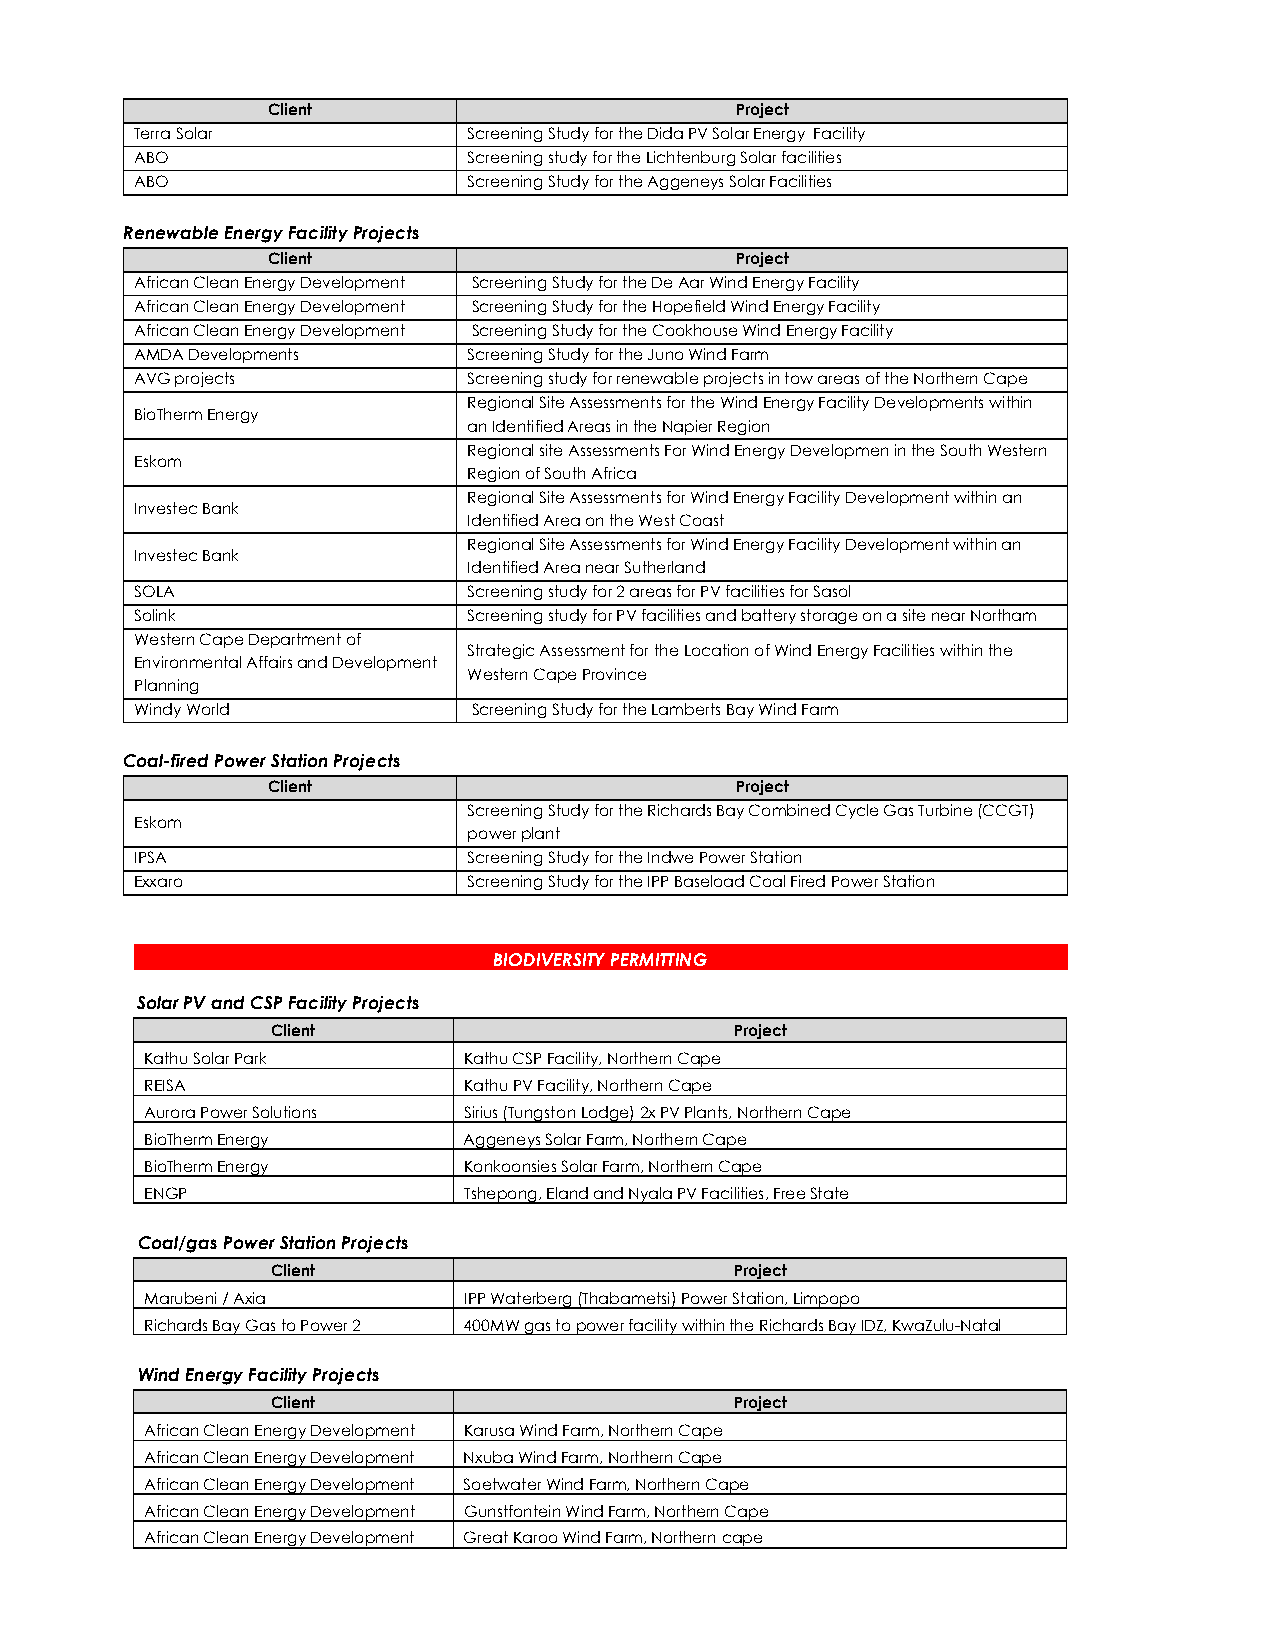
Client                         Project
 Terra Solar           Screening Study for the Dida PV Solar Energy Facility
 ABO                   Screening study for the Lichtenburg Solar facilities
 ABO                   Screening Study for the Aggeneys Solar Facilities
 Renewable Energy Facility Projects
 Client                         Project
 African Clean Energy Development Screening Study for the De Aar Wind Energy Facility
 African Clean Energy Development Screening Study for the Hopefield Wind Energy Facility
 African Clean Energy Development Screening Study for the Cookhouse Wind Energy Facility
 AMDA Developments     Screening Study for the Juno Wind Farm
 AVG projects          Screening study for renewable projects in tow areas of the Northern Cape
 Regional Site Assessments for the Wind Energy Facility Developments within
 BioTherm Energy
 an Identified Areas in the Napier Region
 Regional site Assessments For Wind Energy Developmen in the South Western
 Eskom
 Region of South Africa
 Regional Site Assessments for Wind Energy Facility Development within an
 Investec Bank
 Identified Area on the West Coast
 Regional Site Assessments for Wind Energy Facility Development within an
 Investec Bank
 Identified Area near Sutherland
 SOLA                  Screening study for 2 areas for PV facilities for Sasol
 Solink                Screening study for PV facilities and battery storage on a site near Northam
 Western Cape Department of
 Strategic Assessment for the Location of Wind Energy Facilities within the
 Environmental Affairs and Development
 Western Cape Province
 Planning
 Windy World           Screening Study for the Lamberts Bay Wind Farm
 Coal-fired Power Station Projects
 Client                         Project
 Screening Study for the Richards Bay Combined Cycle Gas Turbine (CCGT)
 Eskom
 power plant
 IPSA                  Screening Study for the Indwe Power Station
 Exxaro                Screening Study for the IPP Baseload Coal Fired Power Station
 BIODIVERSITY PERMITTING
 Solar PV and CSP Facility Projects
 Client                         Project
 Kathu Solar Park     Kathu CSP Facility, Northern Cape
 REISA                Kathu PV Facility, Northern Cape
 Aurora Power Solutions Sirius (Tungston Lodge) 2x PV Plants, Northern Cape
 BioTherm Energy      Aggeneys Solar Farm, Northern Cape
 BioTherm Energy      Konkoonsies Solar Farm, Northern Cape
 ENGP                 Tshepong, Eland and Nyala PV Facilities, Free State
 Coal/gas Power Station Projects
 Client                         Project
 Marubeni / Axia      IPP Waterberg (Thabametsi) Power Station, Limpopo
 Richards Bay Gas to Power 2 400MW gas to power facility within the Richards Bay IDZ, KwaZulu-Natal
 Wind Energy Facility Projects
 Client                         Project
 African Clean Energy Development Karusa Wind Farm, Northern Cape
 African Clean Energy Development Nxuba Wind Farm, Northern Cape
 African Clean Energy Development Soetwater Wind Farm, Northern Cape
 African Clean Energy Development Gunstfontein Wind Farm, Northern Cape
 African Clean Energy Development Great Karoo Wind Farm, Northern cape